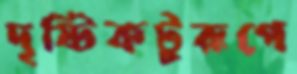
দৃষ্টিকটুরূপে